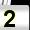
Digit: 2